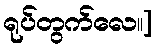
ရုပ်တွက်လေ။]